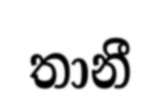
තානී